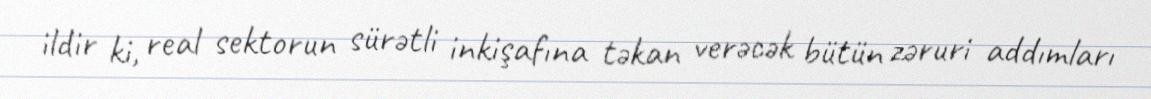
ildir ki, real sektorun sürətli inkişafına təkan verəcək bütün zəruri addımları